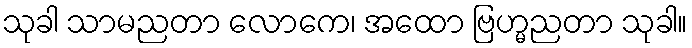
သုခါ သာမညတာ လောကေ၊ အထော ဗြဟ္မညတာ သုခါ။